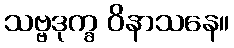
သဗ္ဗဒုက္ခ ဝိနာသနေ။